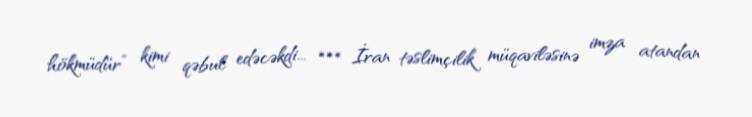
hökmüdür” kimi qəbul edəcəkdi... *** İran təslimçilik müqaviləsinə imza atandan